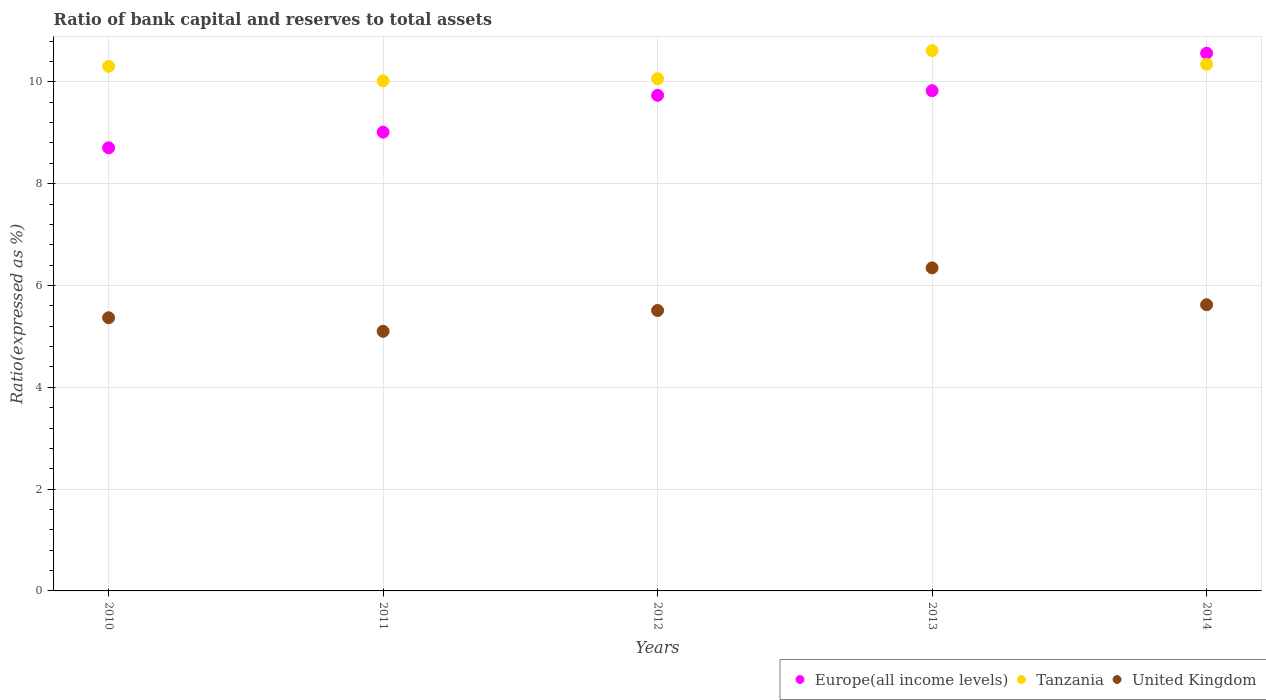
| Years | Europe(all income levels) | Tanzania | United Kingdom |
 | --- | --- | --- | --- |
 | 2010 | 8.7 | 10.3 | 5.37 |
 | 2011 | 9.01 | 10 | 5.1 |
 | 2012 | 9.74 | 10.1 | 5.51 |
 | 2013 | 9.83 | 10.6 | 6.35 |
 | 2014 | 10.6 | 10.3 | 5.62 |